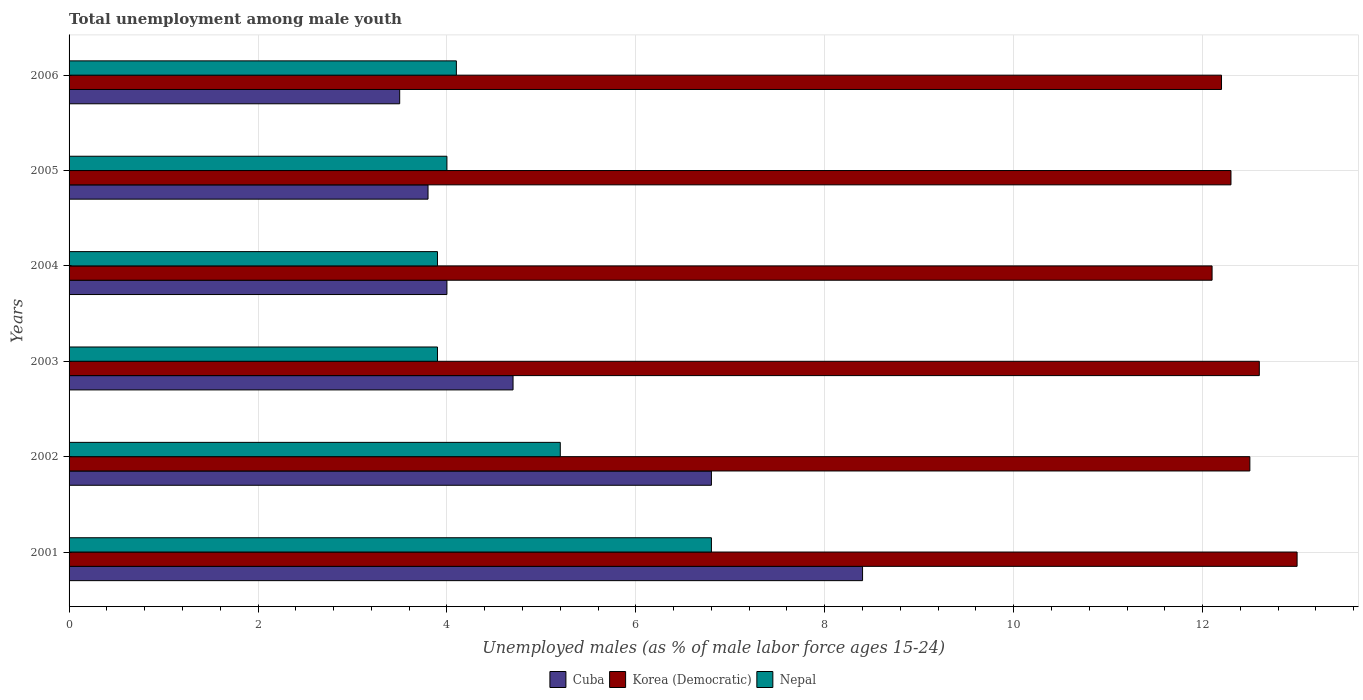
| Years | Cuba | Korea (Democratic) | Nepal |
 | --- | --- | --- | --- |
 | 2001 | 8.4 | 13 | 6.8 |
 | 2002 | 6.8 | 12.5 | 5.2 |
 | 2003 | 4.7 | 12.6 | 3.9 |
 | 2004 | 4 | 12.1 | 3.9 |
 | 2005 | 3.8 | 12.3 | 4 |
 | 2006 | 3.5 | 12.2 | 4.1 |